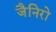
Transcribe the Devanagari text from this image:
जैनिरो